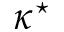
\kappa ^ { \star }